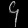
Digit: ၄